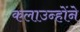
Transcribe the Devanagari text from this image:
कलाउन्होंने